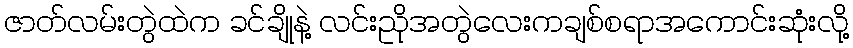
ဇာတ်လမ်းတွဲထဲက ခင်ချိုနဲ့ လင်းညိုအတွဲလေးကချစ်စရာအကောင်းဆုံးလို့